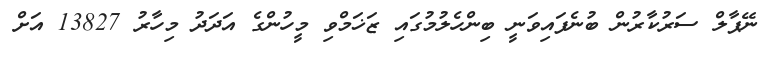
ނޭޕާލް ސަރުކާރުން ބުނެފައިވަނީ ބިންހެލުމުގައި ޒަޚަމްވި މީހުންގެ އަދަދު މިހާރު 13827 އަށް